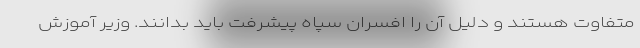
متفاوت هستند و دلیل آن را افسران سپاه پیشرفت باید بدانند. وزیر آموزش